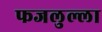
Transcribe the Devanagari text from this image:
फजलुल्ला